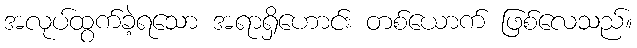
အလုပ်ထွက်ခဲ့ရသော အရာရှိဟောင်း တစ်ယောက် ဖြစ်လေသည်။